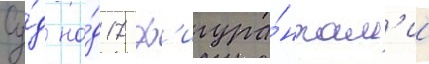
Су́д на́д 17 ф'игура́нтам'и